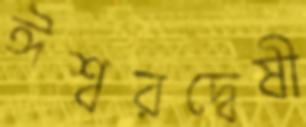
ঈশ্বরদ্বেষী